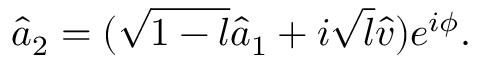
\hat { a } _ { 2 } = ( \sqrt { 1 - l } \hat { a } _ { 1 } + i \sqrt { l } \hat { v } ) e ^ { i \phi } .